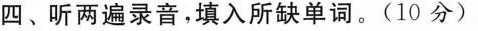
四、听两遍录音，填入所缺单词。(10 分)